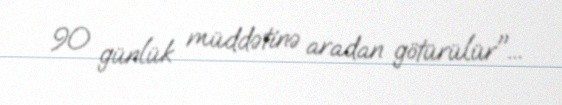
90 günlük müddətinə aradan götürülür"...